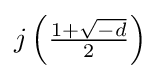
\textstyle j\left({\frac {1+{\sqrt {-d}}}{2}}\right)